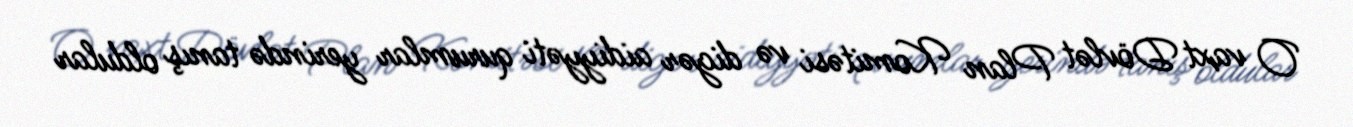
O vaxt Dövlət Plan Komitəsi və digər aidiyyəti qurumlar yerində tanış oldular